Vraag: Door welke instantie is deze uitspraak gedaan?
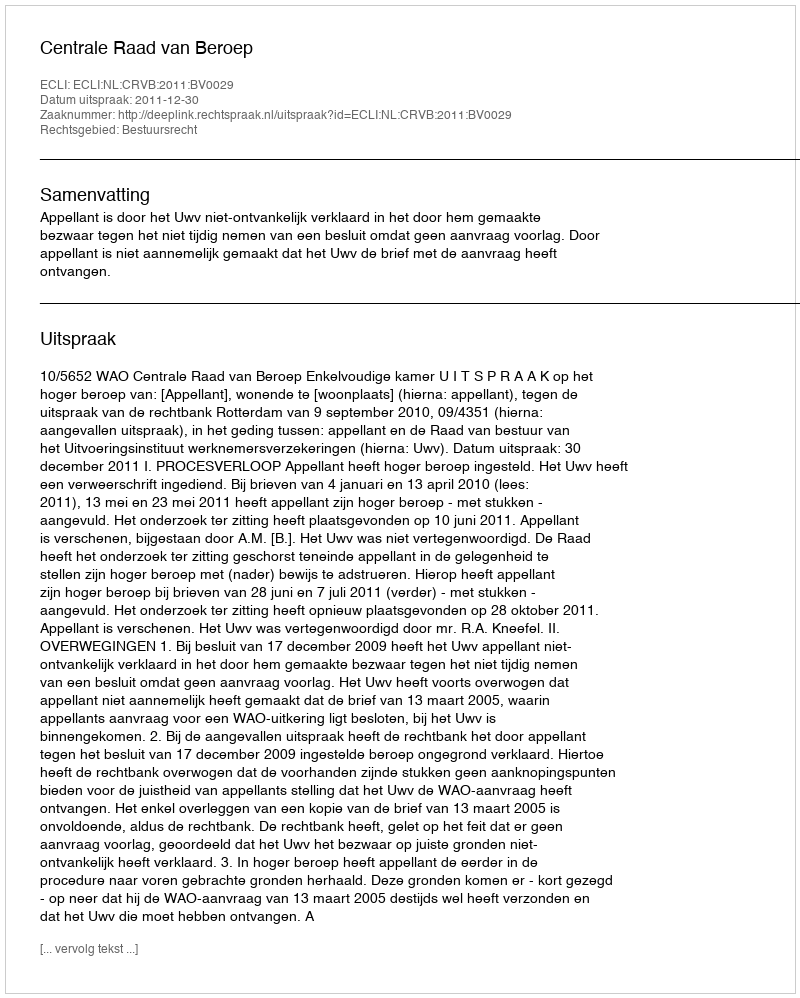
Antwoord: Centrale Raad van Beroep